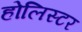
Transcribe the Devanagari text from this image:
होलिस्टर